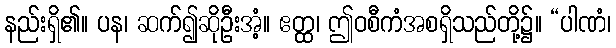
နည်းရှိ၏။ ပန၊ ဆက်၍ဆိုဦးအံ့။ ဧတ္ထ၊ ဤဝစီကံအစရှိသည်တို့၌။ “ပါဏံ၊